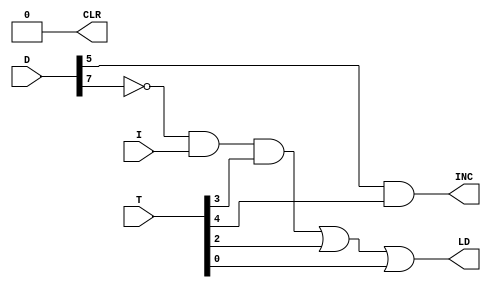
`timescale 1ns / 1ps
//////////////////////////////////////////////////////////////////////////////////
// Company: 
// Engineer: 
// 
// Design Name: 
// Module Name: AR_CONTROL
// Project Name: 
// Target Devices: 
// Tool Versions: 
// Description: 
// 
// Dependencies: 
// 
// Revision:
// Revision 0.01 - File Created
// Additional Comments:
// 
//////////////////////////////////////////////////////////////////////////////////

module AR_CONTROL(
    output LD, 
    output CLR, 
    output INC, 
    input [7:0] T, 
    input [7:0] D, 
    input I);



	
	wire D7n = ~D[7];
	wire a1, a2, a3;
	
	assign a1 = D7n & I & T[3];
	assign a2 = T[2] ;
	assign a3 =  T[0];
	assign INC = D[5] & T[4];
	assign LD = a1 | a2 | a3;
	assign CLR = 0;  //;w;
	
endmodule